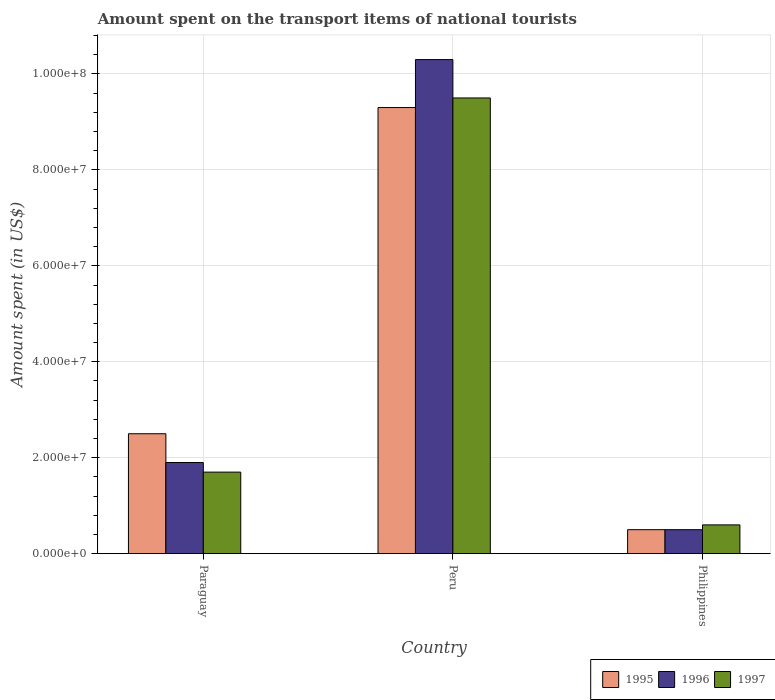
| Country | 1995 | 1996 | 1997 |
 | --- | --- | --- | --- |
 | Paraguay | 2.5e+07 | 1.9e+07 | 1.7e+07 |
 | Peru | 9.3e+07 | 1.03e+08 | 9.5e+07 |
 | Philippines | 5e+06 | 5e+06 | 6e+06 |